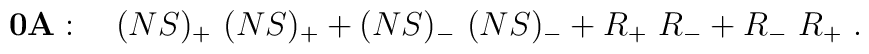
{\bf 0A}: \quad (NS)_+\ (NS)_+ +(NS)_-\ (NS)_- + R_+\ R_-+ R_- \ R_+\ .